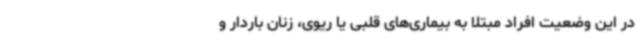
در این وضعیت افراد مبتلا به بیماری‌های قلبی یا ریوی، زنان باردار و